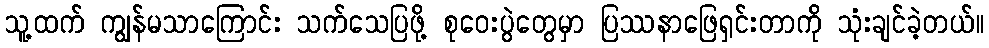
သူ့ထက် ကျွန်မသာကြောင်း သက်သေပြဖို့ စုဝေးပွဲတွေမှာ ပြဿနာဖြေရှင်းတာကို သုံးချင်ခဲ့တယ်။